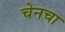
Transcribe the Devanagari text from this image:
चेनचा